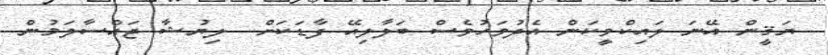
ޔަޤީން އޭނަ ލައިކްވީކަން އެދުވަހުވެސް ބަލާލިއޭ ފާޑަކަށް  ލިޔުޝާ ޖައްސާލަމުން